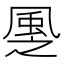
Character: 𩖳